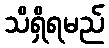
သိရှိရမည်